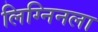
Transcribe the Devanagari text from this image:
लिग्निनला